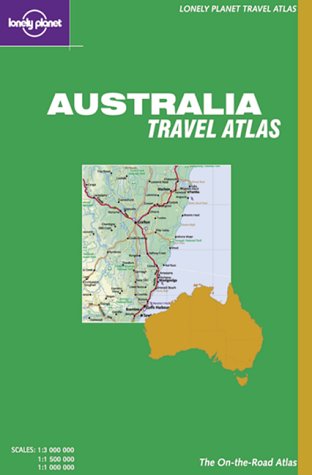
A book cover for Lonely Planet Australia Travel Atlas (Lonely Planet Travel Atlases); Lonely Planet; Travel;